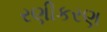
રણીકરણ